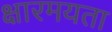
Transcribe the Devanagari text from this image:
क्षारमयता